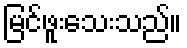
မြင်ဖူးသေးသည်။